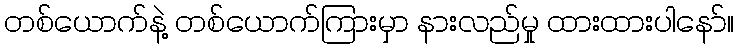
တစ်ယောက်နဲ့ တစ်ယောက်ကြားမှာ နားလည်မှု ထားထားပါနော်။